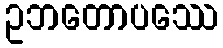
ဥဘတောပဿေ